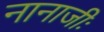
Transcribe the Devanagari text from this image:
नानाजीः